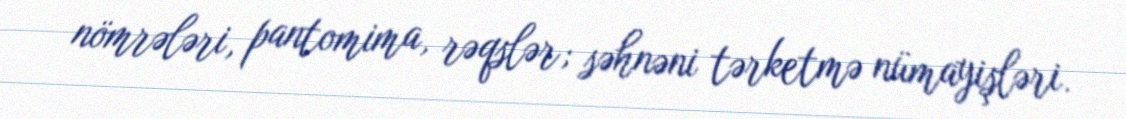
nömrələri, pantomima, rəqslər; səhnəni tərketmə nümayişləri.